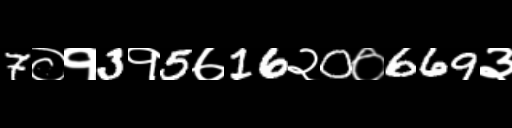
Text: 7०१3१5७16२0०669३